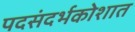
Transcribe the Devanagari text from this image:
पदसंदर्भकोशात